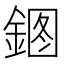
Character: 𰼹